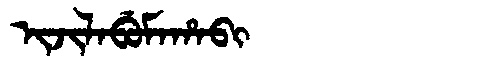
Manchu: ᡳᠵᡳᠯᠠᠪᡠᠮᠠᡥᠠᠪᡳ
Romanization: IJILABUMAHABI